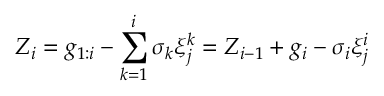
Z _ { i } = g _ { 1 : i } - \sum _ { k = 1 } ^ { i } { \sigma _ { k } \xi _ { j } ^ { k } } = Z _ { i - 1 } + g _ { i } - \sigma _ { i } \xi _ { j } ^ { i }